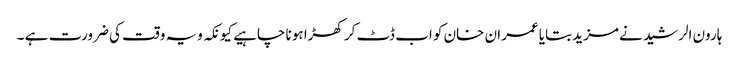
ہارون الرشید نے مزید بتایا عمران خان کو اب ڈٹ کر کھڑا ہونا چاہیے کیونکہ ویہ وقت کی ضرورت ہے ۔